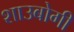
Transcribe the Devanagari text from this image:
शाउबोगी